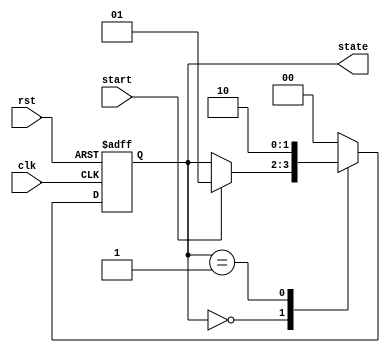
module simple_fsm (
    input wire clk,         // Clock signal
    input wire rst,         // Reset signal
    input wire start,       // Start signal to transition states
    output reg [1:0] state  // 2-bit state output
);

// State encoding
localparam IDLE = 2'b00,
           RUNNING = 2'b01,
           DONE = 2'b10;

// Initial state
initial begin
    state = IDLE;
end

// Event control block for state machine
always @(posedge clk or posedge rst) begin
    if (rst) begin
        // Reset state
        state <= IDLE;  // Non-blocking assignment
    end else begin
        case (state)
            IDLE: begin
                if (start) begin
                    state <= RUNNING;  // Transition to RUNNING state
                end
            end
            
            RUNNING: begin
                // Perform some operations here
                // For example, after some conditions, transition to DONE state
                state <= DONE;  // Transition to DONE state
            end
            
            DONE: begin
                // Optionally, return to IDLE state or remain in DONE
                state <= IDLE;  // Transition back to IDLE state
            end
            
            default: state <= IDLE;  // Default case
        endcase
    end
end

endmodule